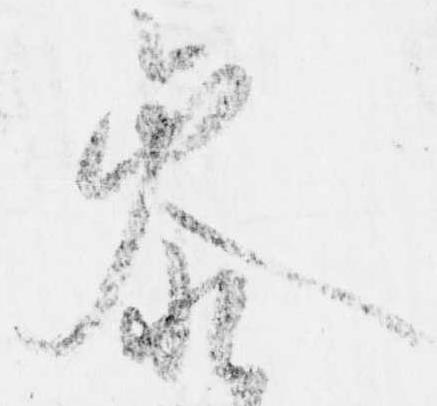
参